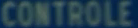
CONTROLE